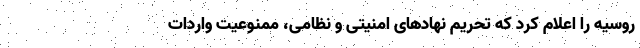
روسیه را اعلام کرد که تحریم نهادهای امنیتی و نظامی، ممنوعیت واردات